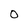
Character: O